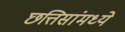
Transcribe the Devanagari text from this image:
छत्तिसांमध्ये